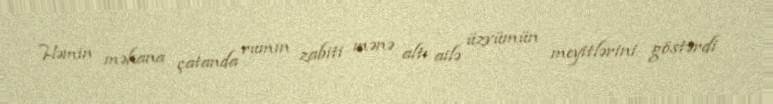
Həmin məkana çatanda rumın zabiti mənə altı ailə üzvümün meyitlərini göstərdi